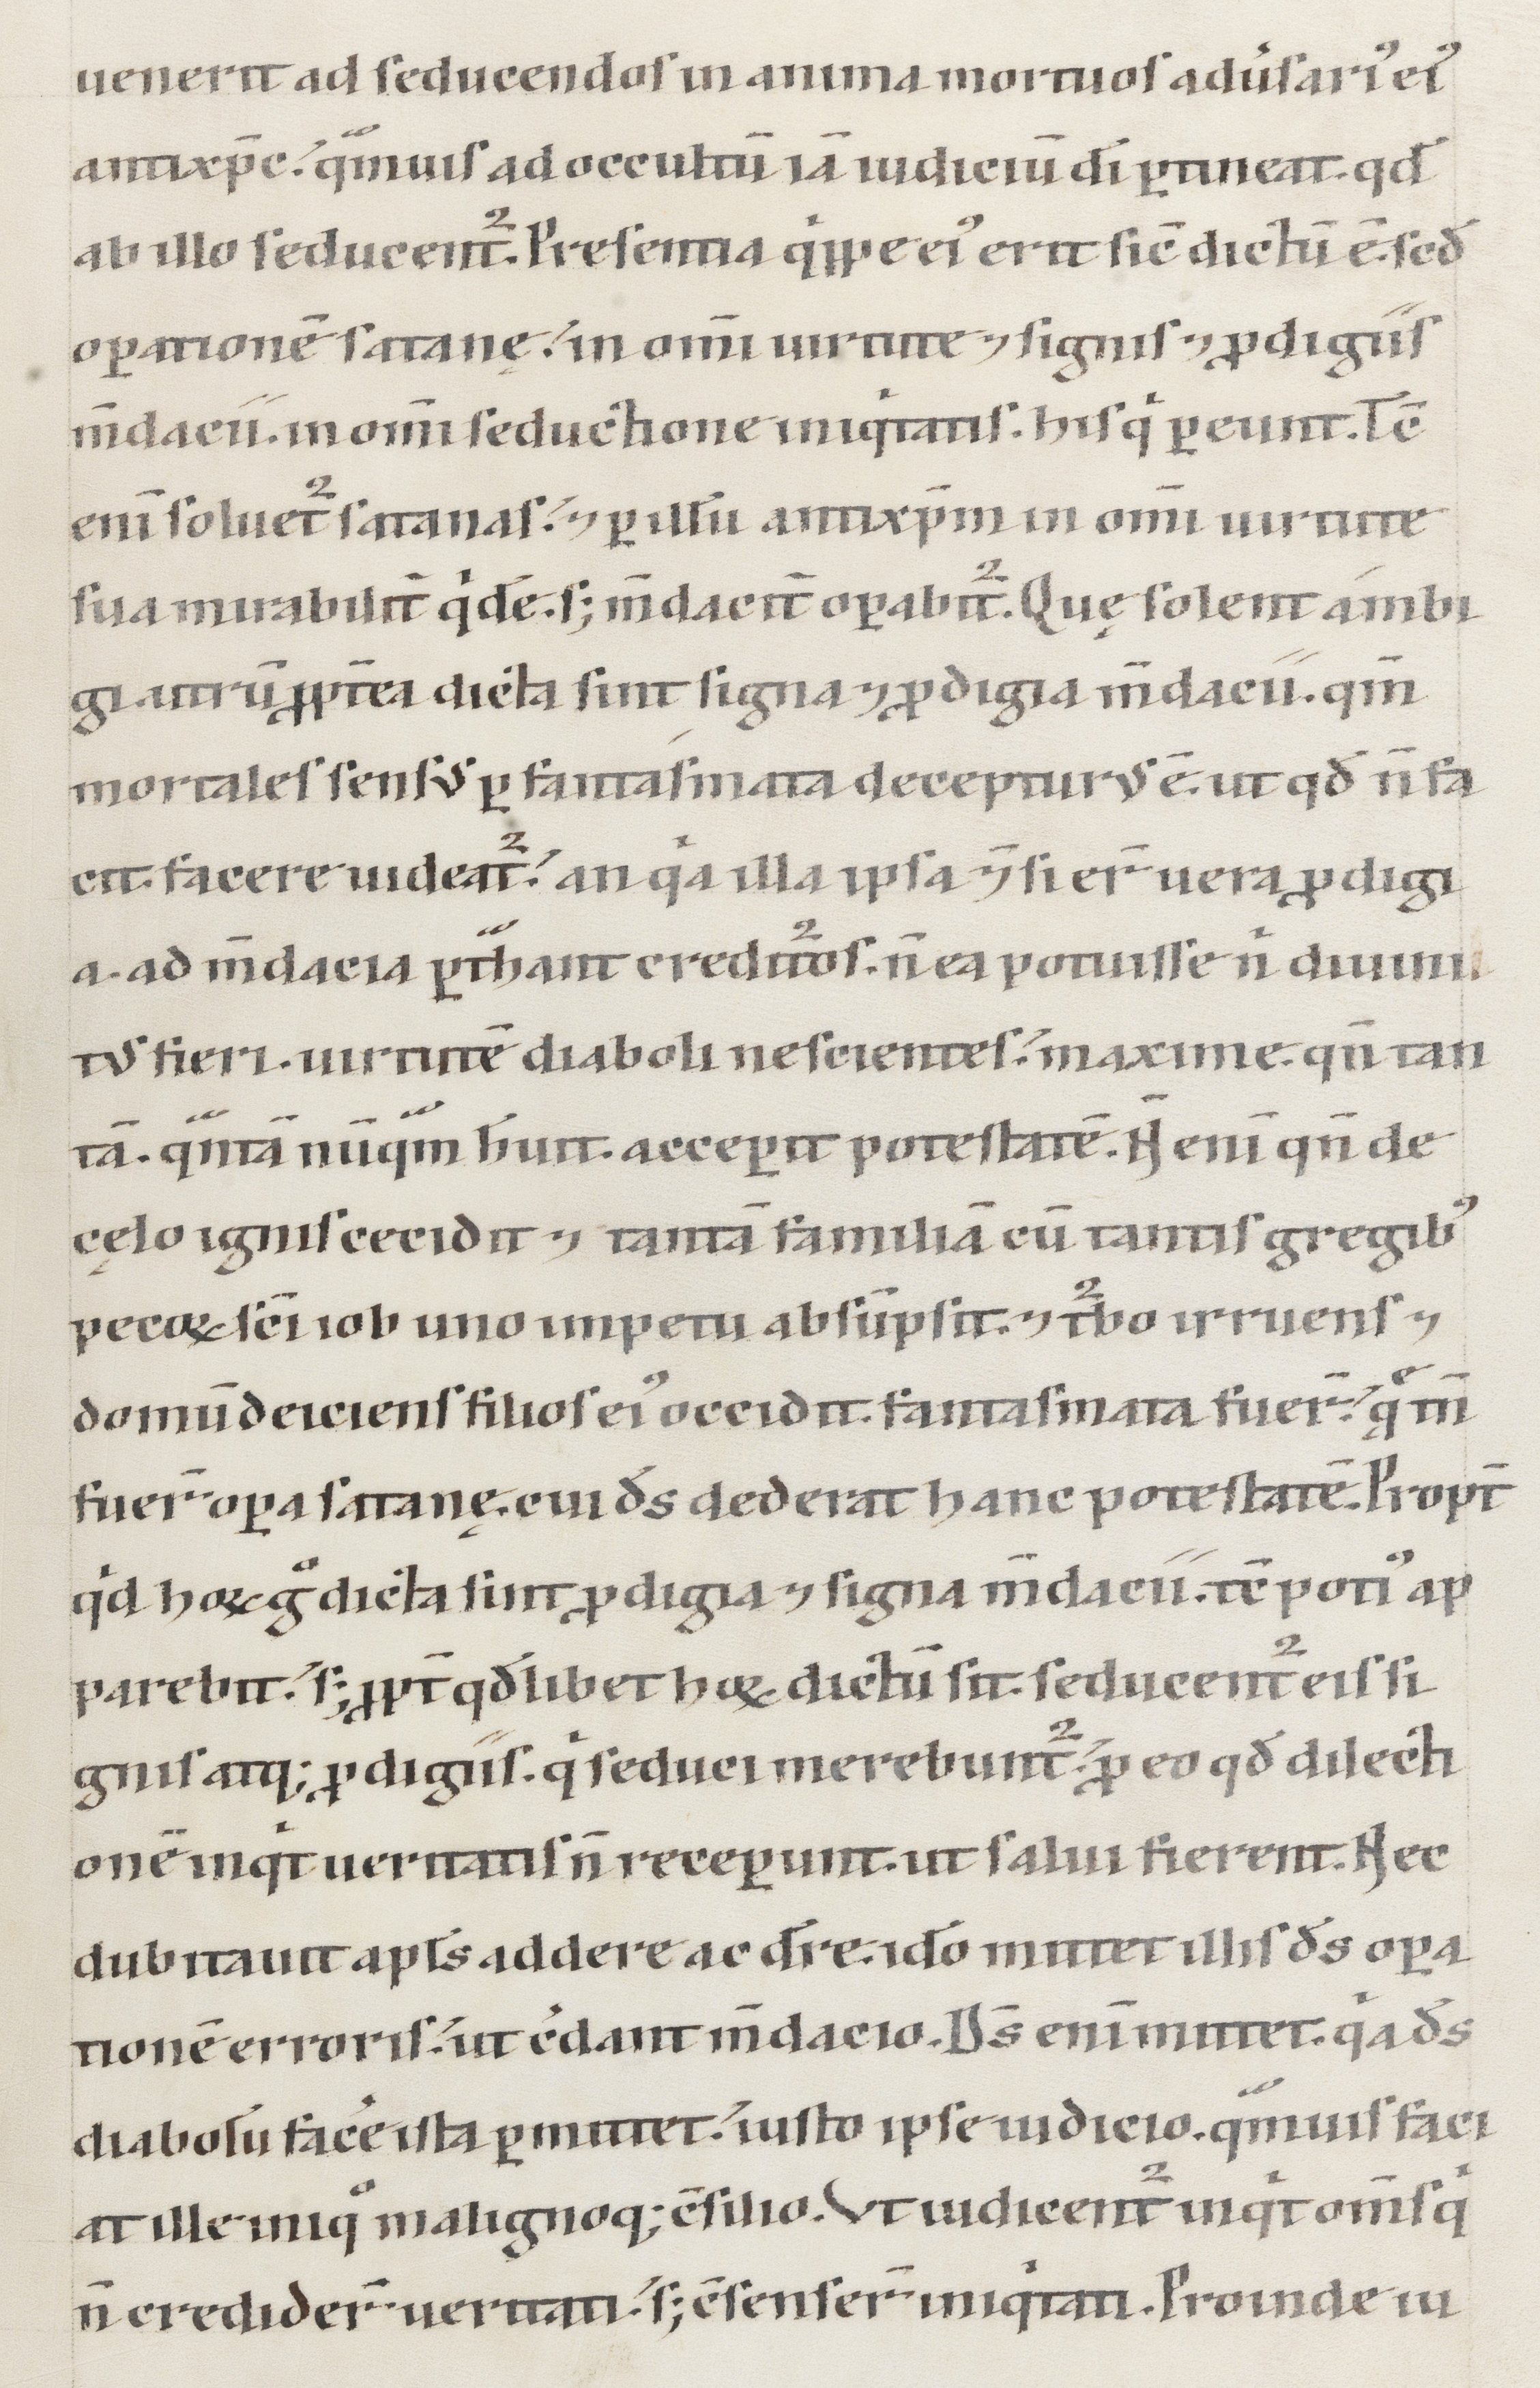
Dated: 1147–1178